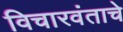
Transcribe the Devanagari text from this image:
विचारवंताचे